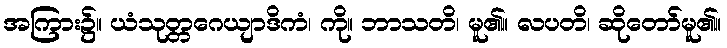
အကြား၌။ ယံသုတ္တဂေယျာဒိကံ၊ ကို။ ဘာသတိ၊ မူ၏။ လပတိ၊ ဆိုတော်မူ၏။